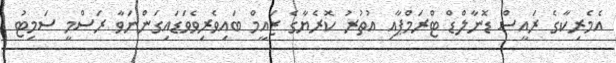
އެމެރިކާގެ ރައީސް ޑޮނާލްޑް ޓްރަމްޕާއި އުތުރު ކޮރެޔާގެ ޒައީމް ބައިވެރިވެވަޑައިގަންނަވާ ރަސްމީ ސަމިޓު